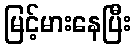
မြင့်မားနေပြီး